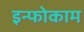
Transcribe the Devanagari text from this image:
इन्फोकाम